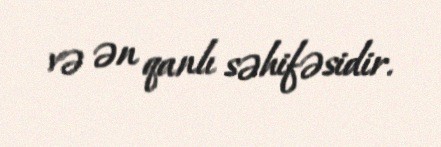
və ən qanlı səhifəsidir.